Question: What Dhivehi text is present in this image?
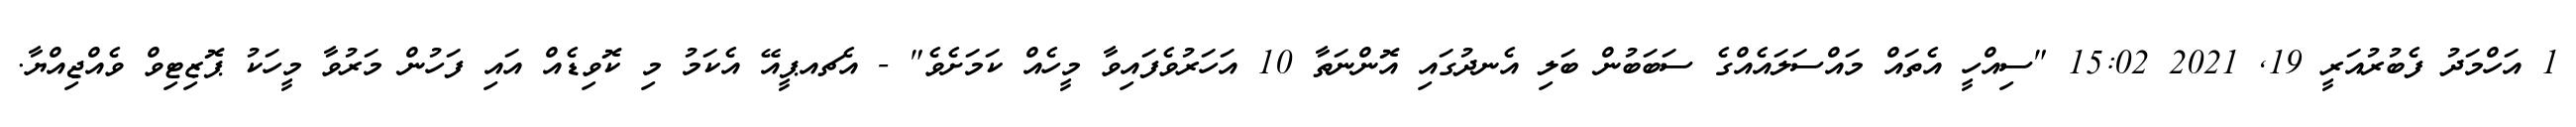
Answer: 1 އަހްމަދު ފެބުރުއަރީ 19, 2021 15:02 "ސިއްހީ އެތައް މައްސަލައެއްގެ ސަބަބުން ބަލި އެނދުގައި އޮންނަތާ 10 އަހަރުވެފައިވާ މީހެއް ކަމަށެވެ" - އެޗއޕީއޭ އެކަމު މި ކޮވިޑެއް އައި ފަހުން މަރުވާ މީހަކު ޕޮޒިޓިވް ވެއްޖިއްޔާ.